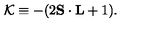
{ \cal K } \equiv - ( 2 { \bf S } \cdot { \bf L } + 1 ) .